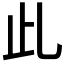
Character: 𣥃